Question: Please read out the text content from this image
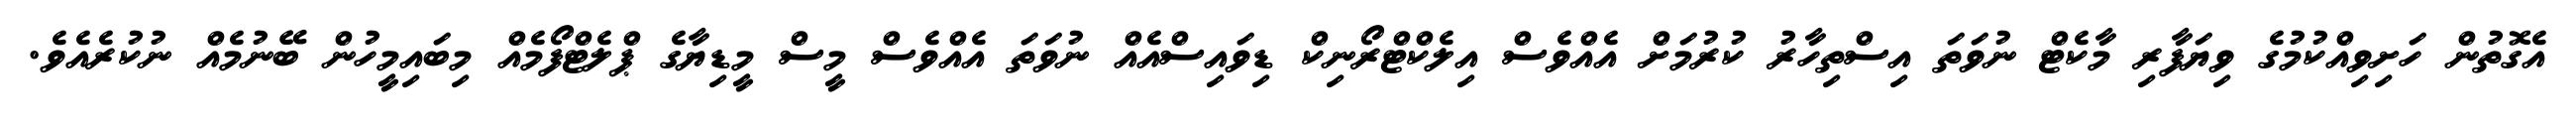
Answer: އެގޮތުން ހަށިވިއްކުމުގެ ވިޔަފާރި މާކެޓް ނުވަތަ އިސްތިހާރު ކުރުމަށް އެއްވެސް އިލެކްޓްރޯނިކް ޑިވައިސްއެއް ނުވަތަ އެއްވެސް މީސް މީޑިޔާގެ ޕްލެޓްފޯމެއް މިބައިމީހުން ބޭނުމެއް ނުކުރެއެވެ.